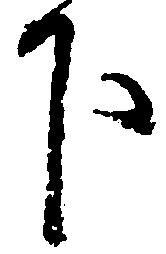
下